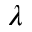
\lambda